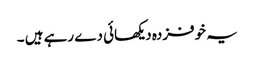
یہ خوفزدہ دیکھائی دے رہے ہیں ۔